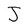
Character: J